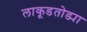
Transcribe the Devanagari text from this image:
लाकूडतोड्या